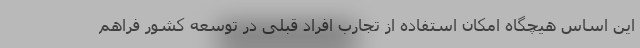
این اساس هیچگاه امکان استفاده از تجارب افراد قبلی در توسعه کشور فراهم